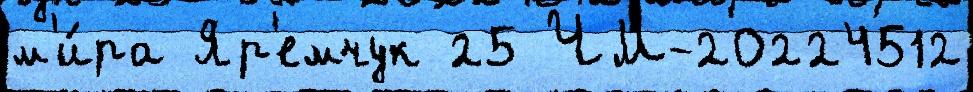
м'и́ра Яр'емчук 25 ЧМ-20224512